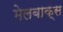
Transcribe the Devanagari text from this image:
मेलबाक्स